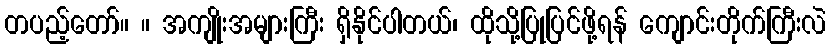
တပည့်တော်။ ။ အကျိုးအများကြီး ရှိနိုင်ပါတယ်၊ ထိုသို့ပြုပြင်ဖို့ရန် ကျောင်းတိုက်ကြီးလဲ